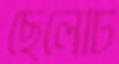
ছেলেটি